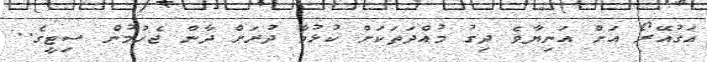
އަގުއޭރޯ އަށް އަނިޔާވެ ދިގު މުއްދަތަކަށް ކުޅުމާ ދުރަށް ދާން ޖެހުމުން ސިޓީގެ..